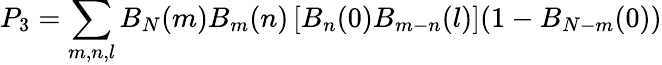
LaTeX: P_{3}=\sum_{m,n,l}B_{N}(m)B_{m}(n)\left[B_{n}(0)B_{m-n}(l)\right](1-B_{N-m}(0))